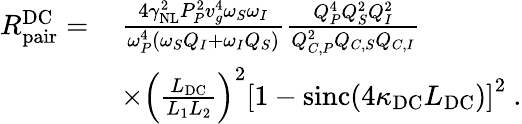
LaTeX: \begin{array}{rl}{R_{\mathrm{pair}}^{\mathrm{DC}}=\, }&{\frac{4\gamma_{\mathrm{NL}}^{2}P_{P}^{2}v_{g}^{4}\omega_{S}\omega_{I}}{\omega_{P}^{4}\left(\omega_{S}Q_{I}+\omega_{I}Q_{S}\right)}\frac{Q_{P}^{4}Q_{S}^{2}Q_{I}^{2}}{Q_{C,P}^{2}Q_{C,S}Q_{C,I}}}\\ &{\times\left(\frac{L_{\mathrm{DC}}}{L_{1}L_{2}}\right)^{2}\left[1-\mathrm{sinc}\! \left(4\kappa_{\mathrm{DC}}L_{\mathrm{DC}}\right)\right]^{2}\ .}\end{array}